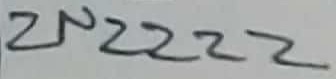
Text: 2N2222